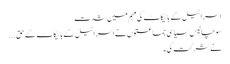
اسرائیل کے بائیکاٹ کی مہم میں شدت
سو چالیس سیاسی جماعتوں نے اسرائیل کے بائیکاٹ کے حق...
نے شرکت کی۔